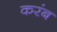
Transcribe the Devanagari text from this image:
करंब